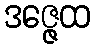
ဒဇ္ဇေထ